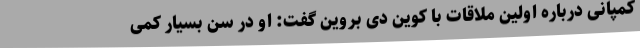
کمپانی درباره اولین ملاقات با کوین دی بروین گفت: او در سن بسیار کمی